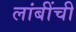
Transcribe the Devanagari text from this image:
लांबींची